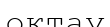
октау